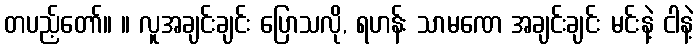
တပည့်တော်။ ။ လူအချင်းချင်း ပြောသလို, ရဟန်း သာမဏေ အချင်းချင်း မင်းနဲ့ ငါနဲ့